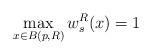
LaTeX: \begin{align*}\max_{x\in B(p, R)}w_s^R(x) = 1\end{align*}